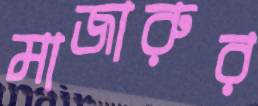
মাজারুর